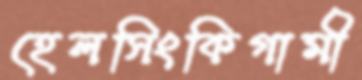
হেলসিংকিগামী